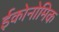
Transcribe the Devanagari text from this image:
ईकोनोमिक